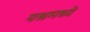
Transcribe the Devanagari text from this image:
यश्नमध्ये